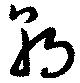
朝